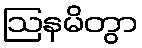
ဩနမိတွာ